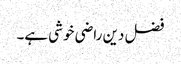
فضل دین راضی خوشی ہے۔